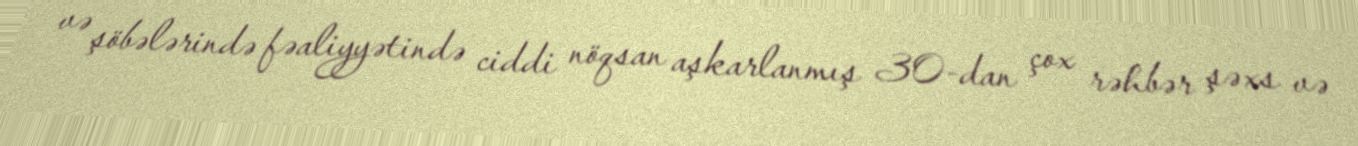
və şöbələrində fəaliyyətində ciddi nöqsan aşkarlanmış 30-dan çox rəhbər şəxs və